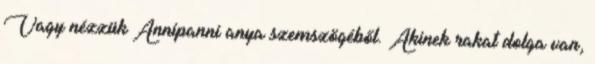
Vagy nézzük Annipanni anya szemszögéből. Akinek rakat dolga van,